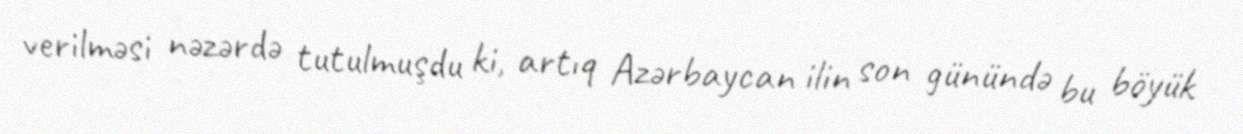
verilməsi nəzərdə tutulmuşdu ki, artıq Azərbaycan ilin son günündə bu böyük